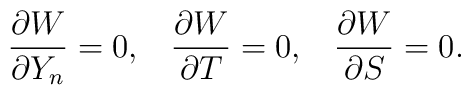
\frac{\partial W}{\partial Y_n} = 0,\;\;\;\frac{\partial W}{\partial T}=0,\;\;\;\frac{\partial W}{\partial S} = 0.